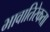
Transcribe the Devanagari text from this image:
भावातिरेकता